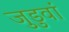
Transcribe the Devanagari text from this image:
जुडुवां